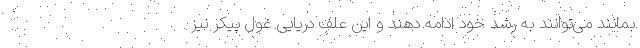
بمانند می‌توانند به رشد خود ادامه دهند و این علف دریایی غول پیکر نیز